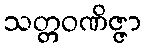
သတ္တဝဏိဇ္ဇာ